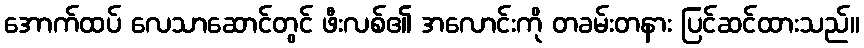
အောက်ထပ် လေသာဆောင်တွင် ဖီးလစ်၏ အလောင်းကို တခမ်းတနား ပြင်ဆင်ထားသည်။